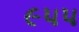
૯૫૫